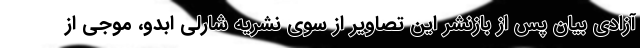
آزادی بیان پس از بازنشر این تصاویر از سوی نشریه شارلی ابدو، موجی از